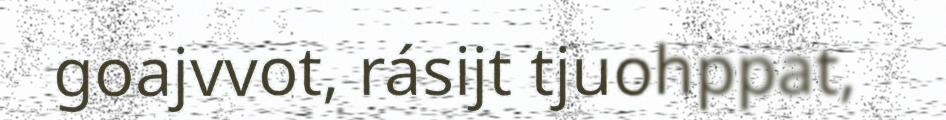
goajvvot, rásijt tjuohppat,